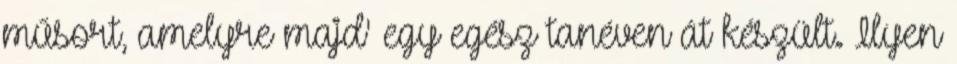
műsort, amelyre majd' egy egész tanéven át készült. Ilyen